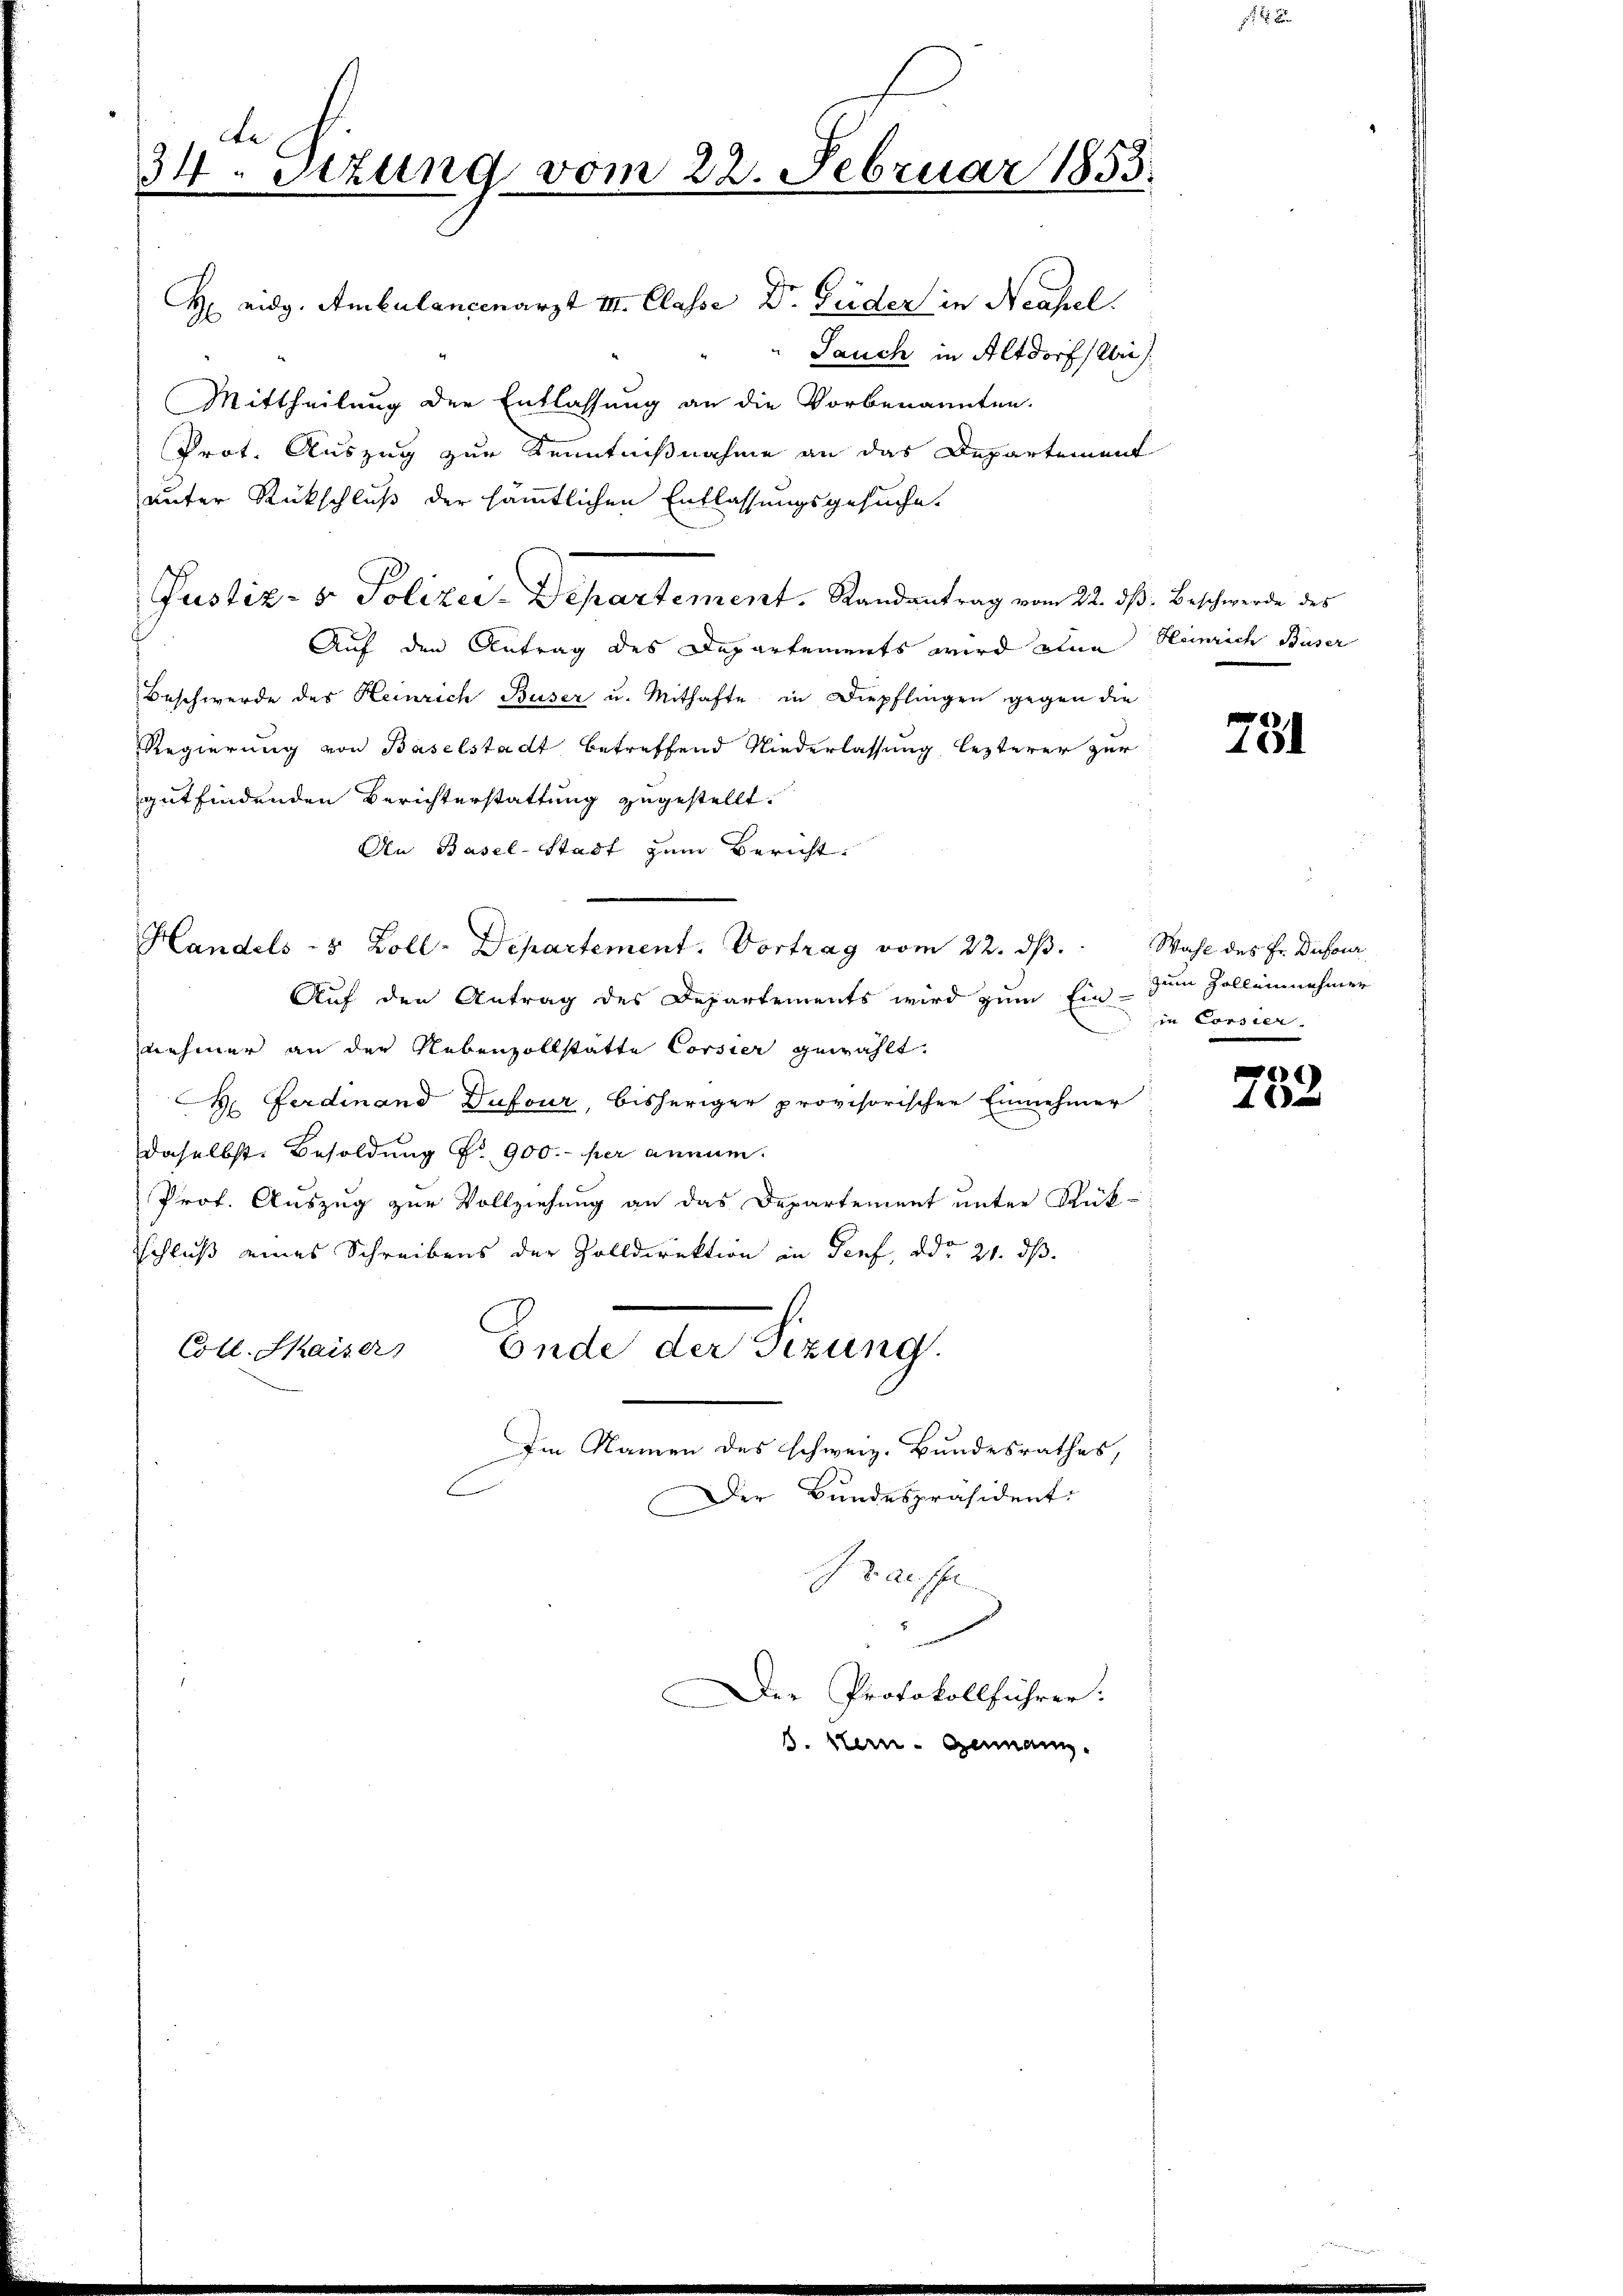
de
34. Sizung vom 22. Februar 1855.

H vidg. Ambulancenarzt II. Classe Dr. Guder in Neapel.
Jauch in Altdorf (Uri)
Mittheilung der Entlassung an die Vorbenannten.
Prot. Auszug zur Kenntnißnahme an das Departement
unter Rückschluß der sämmtlichen Entlassungsgesuche.
Pustiz- & Polizei-Departement. Randantrag vom 22. dß. Beschwerde des
Auf den Antrag des Departements wird eine Heinrich Buser
Beschwerde des Heinrich Buser u. Mithafte in Diepflingen gegen die
Regierung von Baselstadt betreffend Niederlassung lezterer zur
gutfindenden Berichterstattung zugestellt.
An Basel-Stadt zum Bericht
Handels 5 Zoll-Departement. Vortrag vom 22. dβ.
Auf den Antrag des Departements wird zum Ein-
nehmer an der Nebenzollstätte Corsier gewählt.
H. Ferdinand Dufour, bisheriger provisorischen Einnehmer
daselbst. Besoldung Nr. 900.- per annum.
Prof. Auszug zur Vollziehung an das Departement unter Rück-
Schluß eines Schreibens der Zolldirektion in Genf, ddo 21. ds.
Coll. Kaiser
Ende an Ferung,
Im Namen des schweiz. Bundesrathes,
Der Bundespräsident:
aese
I

Der Protokollführer:
S. Stern. Germann.

731

Wahl des Fr. Dufour
zum Zollein nehmer
in Corsier.

)
f 0 x